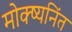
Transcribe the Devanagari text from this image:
मोक्ष्यनिंत